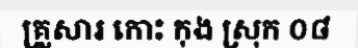
គ្រួសារ កោះ កុង ស្រុក ០៨